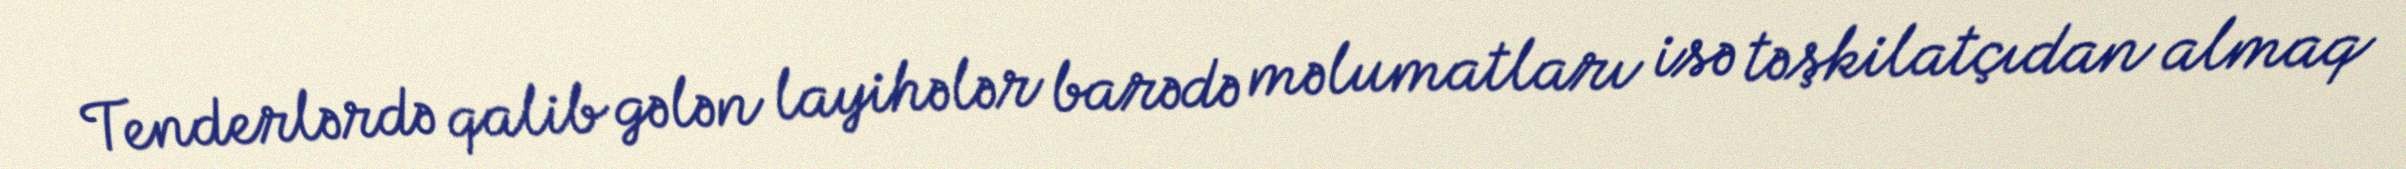
Tenderlərdə qalib gələn layihələr barədə məlumatları isə təşkilatçıdan almaq